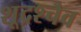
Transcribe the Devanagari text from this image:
शूद्रश्चैव